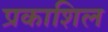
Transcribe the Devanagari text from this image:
प्रकाशिल